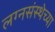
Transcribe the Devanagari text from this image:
लग्नसंस्थेच्या